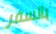
بالسفر